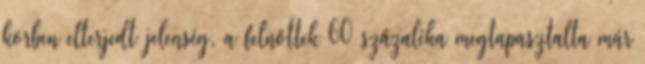
körben elterjedt jelenség, a felnőttek 60 százaléka megtapasztalta már